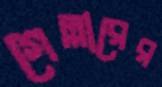
গেল্লারের